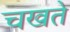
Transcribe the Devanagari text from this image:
चखते